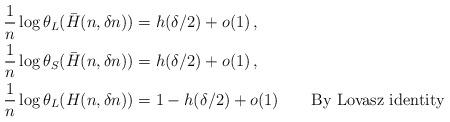
LaTeX: \begin{align*} {1\over n} \log \theta_L(\bar H(n, \delta n)) &= h(\delta/2) + o(1)\,,\\ {1\over n} \log \theta_S(\bar H(n, \delta n)) &= h(\delta/2) + o(1)\,,\\ {1\over n} \log \theta_L(H(n,\delta n)) &= 1-h(\delta/2) + o(1)\qquad\mbox{By Lovasz identity}\end{align*}